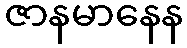
ဇာနမာနေန